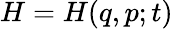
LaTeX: H=H(q,p;t)